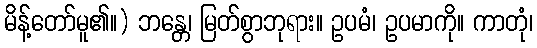
မိန့်တော်မူ၏။) ဘန္တေ၊ မြတ်စွာဘုရား။ ဥပမံ၊ ဥပမာကို။ ကာတုံ၊